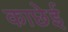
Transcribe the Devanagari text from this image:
काछेई